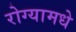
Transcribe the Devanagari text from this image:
रोग्यामधे